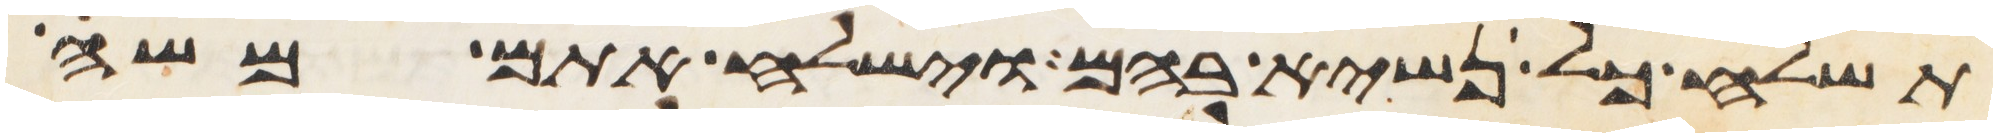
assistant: תשלח כל נשיא בהם וישלח אתם משה